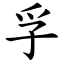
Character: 孚